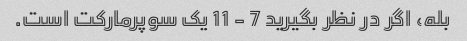
بله، اگر در نظر بگیرید 7 - 11 یک سوپرمارکت است.